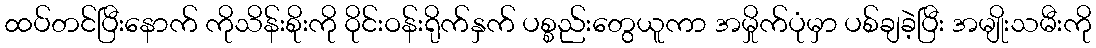
ထပ်တင်ပြီးနောက် ကိုသိန်းစိုးကို ဝိုင်းဝန်းရိုက်နှက် ပစ္စည်းတွေယူကာ အမှိုက်ပုံမှာ ပစ်ချခဲ့ပြီး အမျိုးသမီးကို